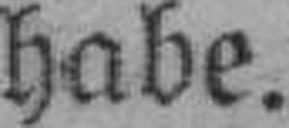
habe.